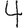
Digit: 4